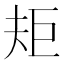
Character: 𭑌